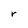
Character: r